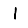
Digit: 1